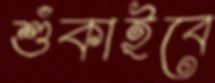
শুঁকাইবে